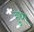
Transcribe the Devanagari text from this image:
हुथा